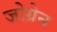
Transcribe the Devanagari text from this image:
जोग्रेन